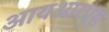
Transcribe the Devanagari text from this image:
आयआरएस